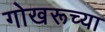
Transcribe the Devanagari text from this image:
गोखरूच्या